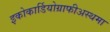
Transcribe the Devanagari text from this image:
इकोकार्डियोग्राफीअस्थमा